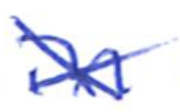
Text: in
Cross-out: cross
Writing tool: ballpoint